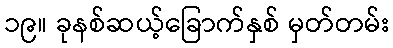
၁၉။ ခုနစ်ဆယ့်ခြောက်နှစ် မှတ်တမ်း